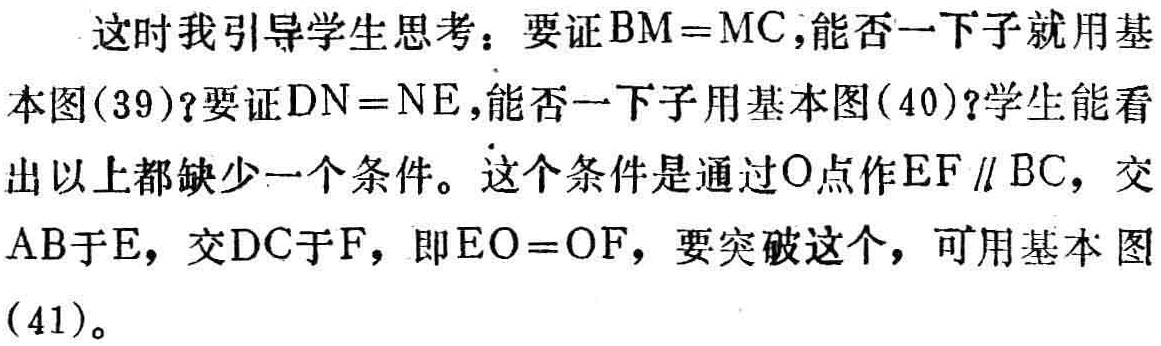
这时我引导学生思考：要证\(BM = MC\)，能否一下子就用基本图(39)？要证\(DN = NE\)，能否一下子用基本图(40)？学生能看出以上都缺少一个条件。这个条件是通过\(O\)点作\(EF\parallel BC\)，交\(AB\)于\(E\)，交\(DC\)于\(F\)，即\(EO = OF\)，要突破这个，可用基本图(41)。